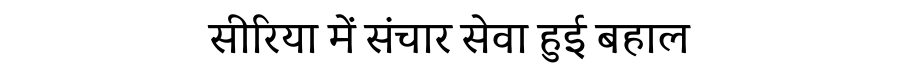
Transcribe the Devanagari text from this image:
सीरिया में संचार सेवा हुई बहाल